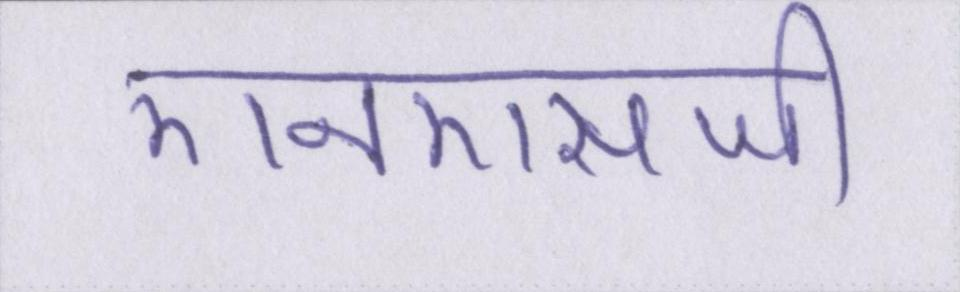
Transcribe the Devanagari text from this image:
एनएसजी